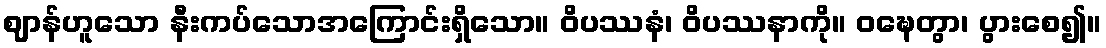
ဈာန်ဟူသော နီးကပ်သောအကြောင်းရှိသော။ ဝိပဿနံ၊ ဝိပဿနာကို။ ဝဍ္ဎေတွာ၊ ပွားစေ၍။